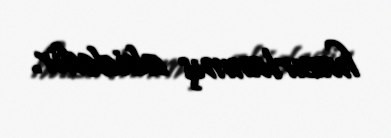
hazırlanmış abidədir.